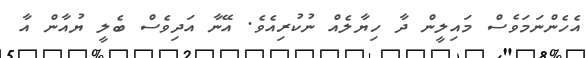
އެހެންނަމަވެސް މައިލީން ދާ ހިޔާލެއް ނުކުރިއެވެ. އޭނާ އަދިވެސް ބެލީ ޔުއާން އާ